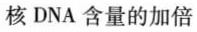
核DNA含量的加倍